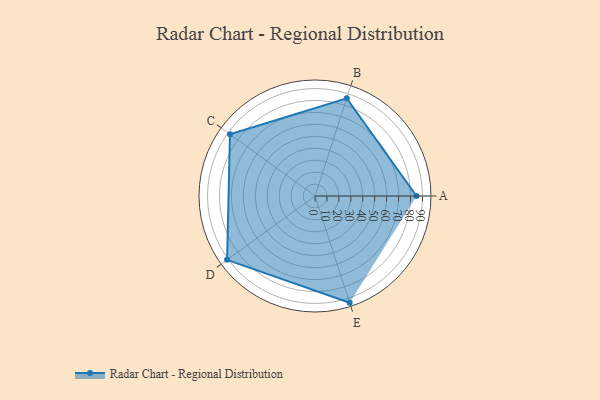
{"axis": {"x": "Skill", "y": "Score"}, "legend": ["Profile"], "data": [{"x": "A", "y": 85.0, "type": "Profile"}, {"x": "B", "y": 86.0, "type": "Profile"}, {"x": "C", "y": 88.0, "type": "Profile"}, {"x": "D", "y": 91.0, "type": "Profile"}, {"x": "E", "y": 94.0, "type": "Profile"}]}